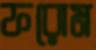
ফরোম